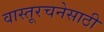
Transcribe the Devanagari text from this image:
वास्तूरचनेसाठी